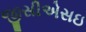
જીસીએસઇ